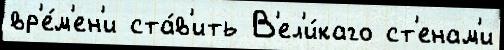
вр'е́м'ен'и ста́в'ить В'ел'и́каго ст'енам'и